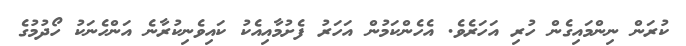
ކުރަން ނިންމައިގެން ހުރި އަހަރެވެ. އެހެންކަމުން އަހަރު ފެށުމާއިއެކު ކައިވެނިކުރާނެ އަންހެނަކު ހޯދުމުގެ